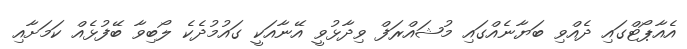
އެއާޕޯޓްގައި ދެއްވި ބަޔާނެއްގައި މުޝައްރަފް ވިދާޅުވީ އޭނާއަކީ ގައުމުދެކެ ލޯބިވާ ބޭފުޅެއް ކަމަށާއި